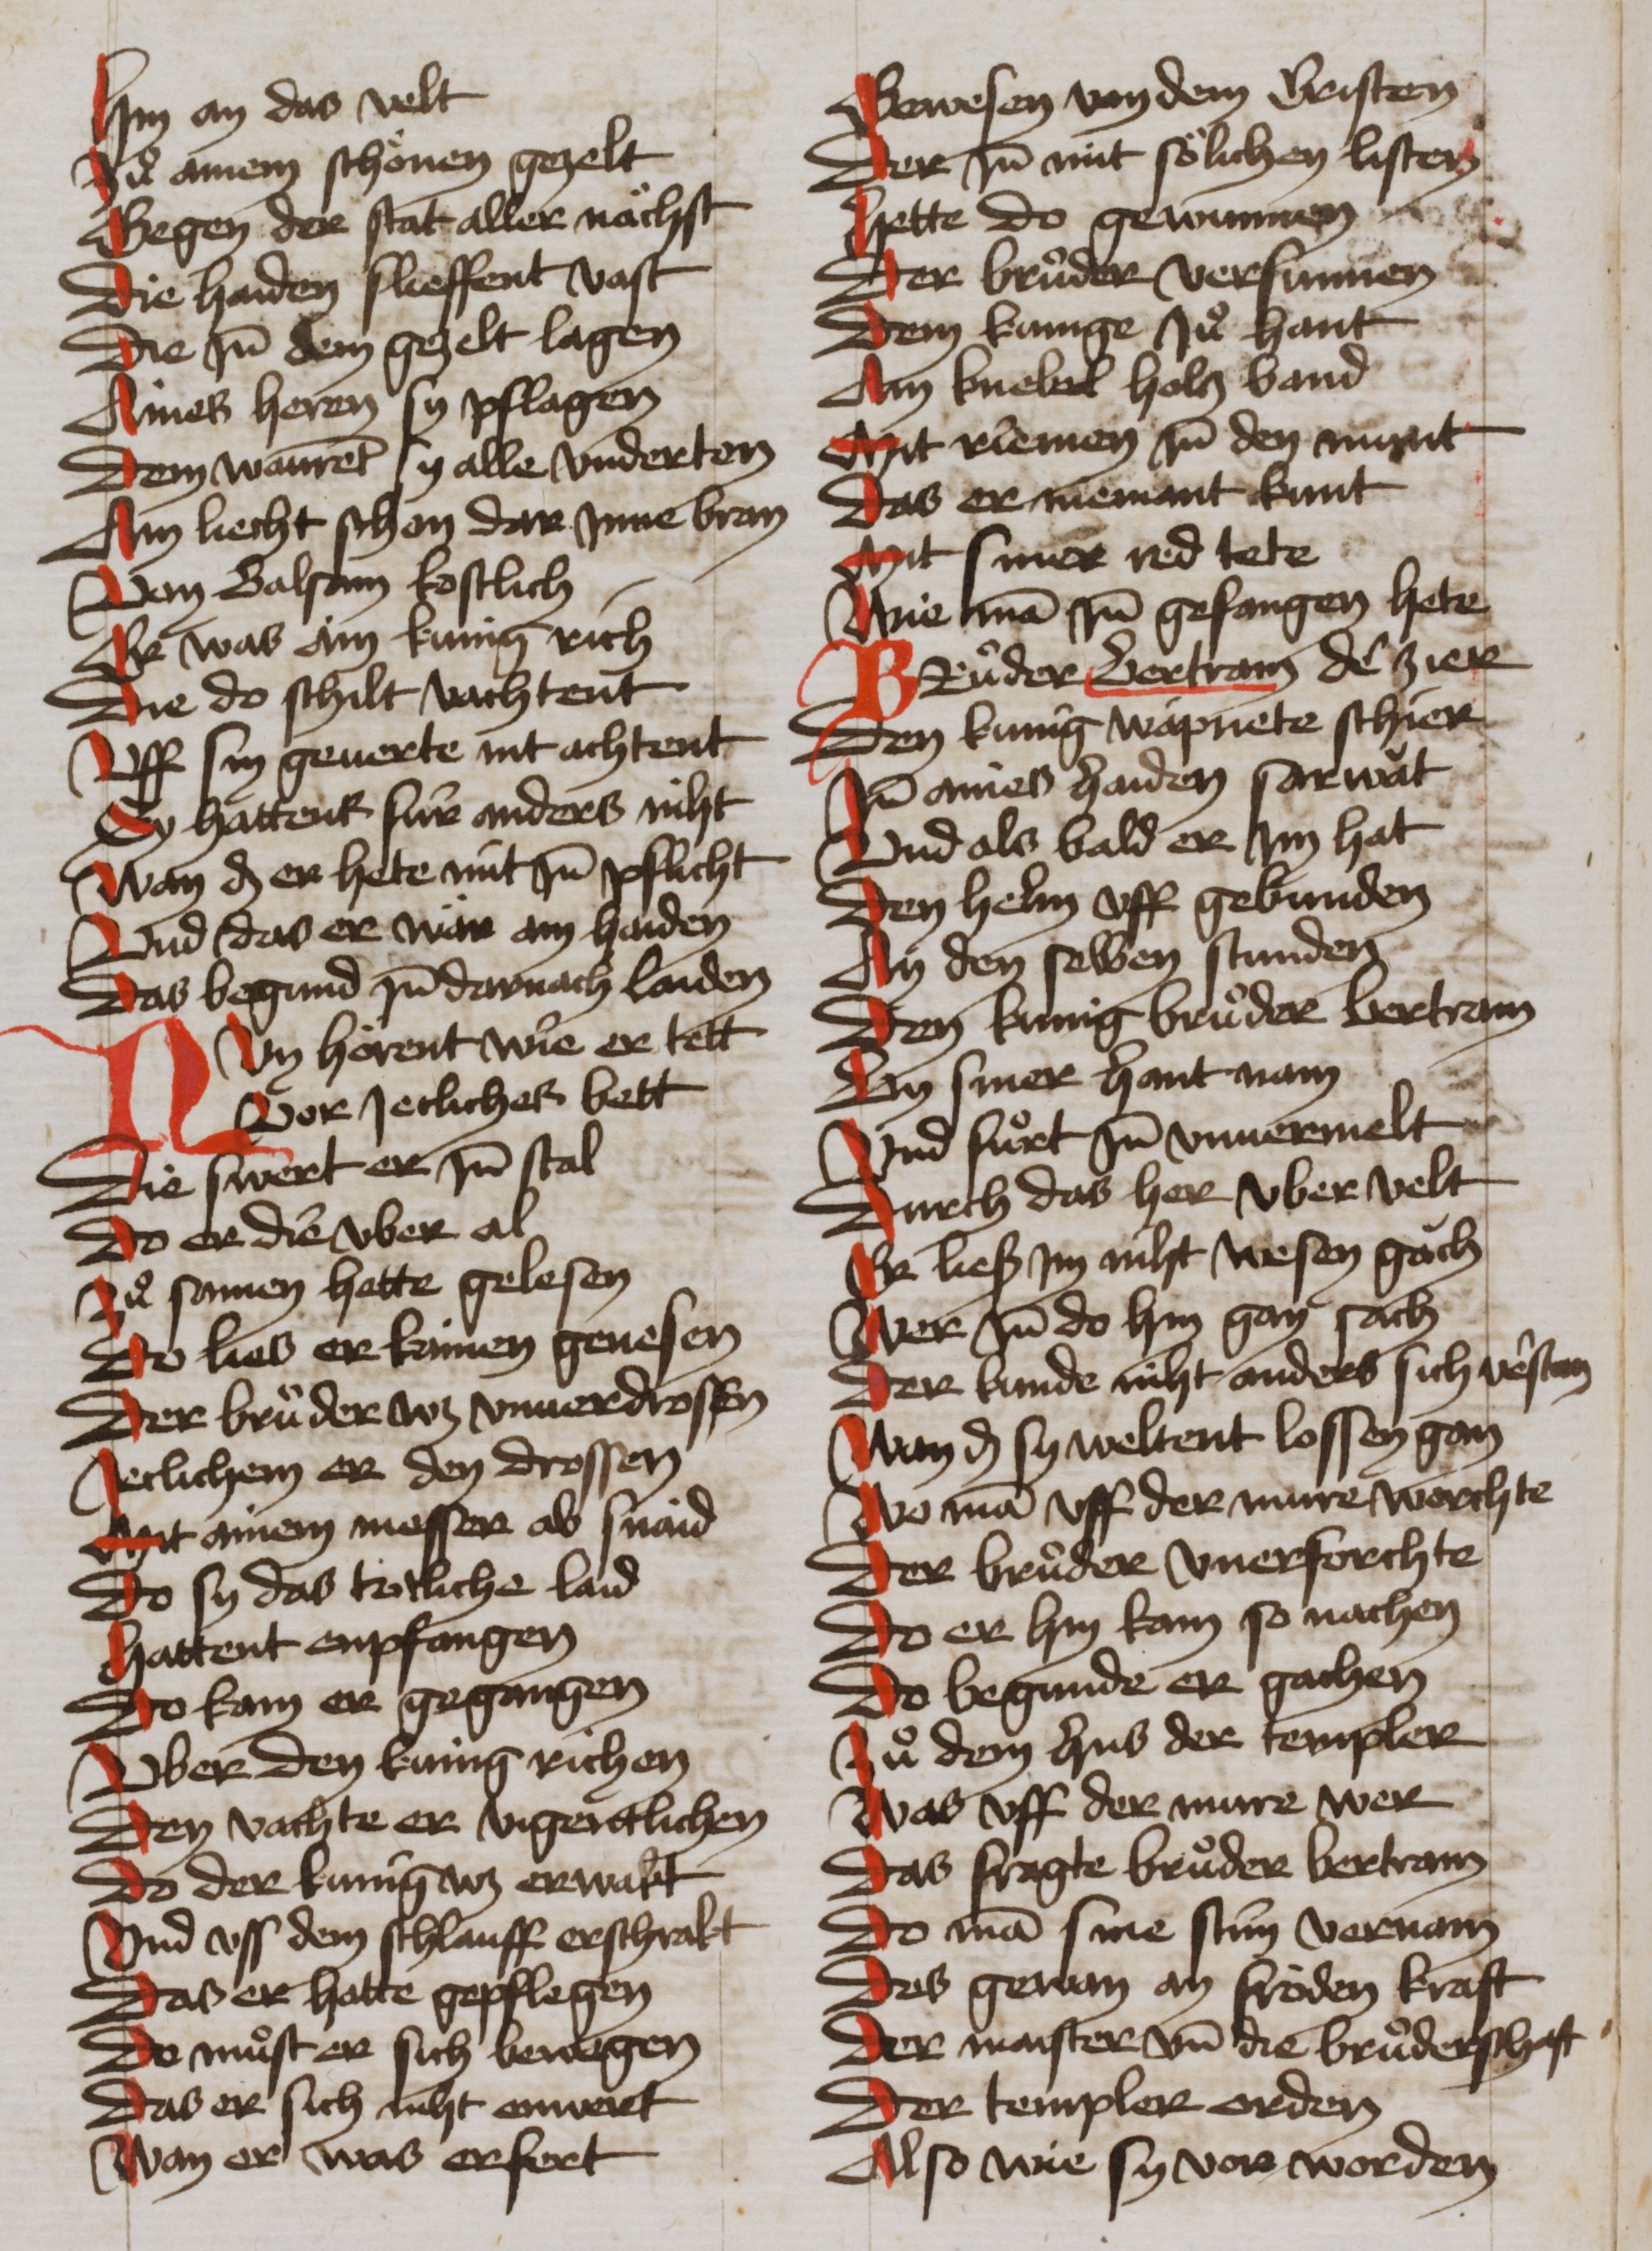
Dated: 1465–1465